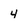
Character: 4